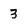
Character: 3